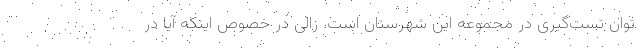
توان تست‌گیری در مجموعه این شهرستان است. زالی در خصوص اینکه آیا در